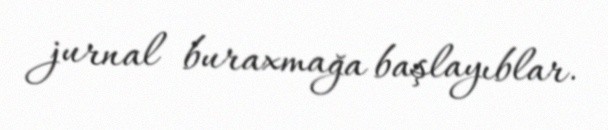
jurnal buraxmağa başlayıblar.